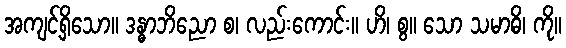
အကျင့်ရှိသော။ ဒန္ဓာဘိညော စ၊ လည်းကောင်း။ ဟိ၊ စွ။ သော သမာဓိ၊ ကို။